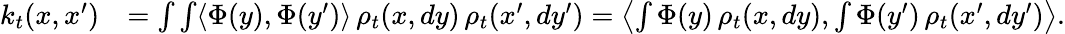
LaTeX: \begin{array}{rl}{k_{t}(x,x^{\prime})}&{=\int\int\langle\Phi(y),\Phi(y^{\prime})\rangle\, \rho_{t}(x,dy)\, \rho_{t}(x^{\prime},dy^{\prime})=\left\langle\int\Phi(y)\, \rho_{t}(x,dy),\int\Phi(y^{\prime})\, \rho_{t}(x^{\prime},dy^{\prime})\right\rangle.}\end{array}